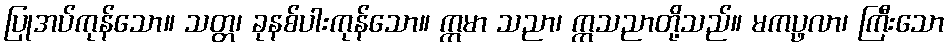
ပြုအပ်ကုန်သော။ သတ္တ၊ ခုနစ်ပါးကုန်သော။ ဣမာ သညာ၊ ဣသညာတို့သည်။ မကပ္ဖလာ၊ ကြီးသော